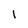
Character: 1